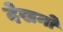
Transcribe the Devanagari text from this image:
देखनो